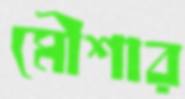
মৌশার